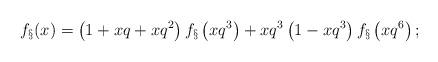
LaTeX: \begin{align*}f_\S(x) = \left(1 + xq + xq^2 \right) f_\S\left(xq^3\right) + xq^3\left(1-xq^3\right) f_\S\left(xq^6\right);\end{align*}